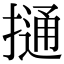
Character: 𢳟